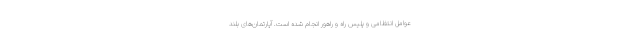
عوامل انتظامی و پلیس راه و راهور انجام شده است. آپارتمان‌های بلند